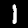
Digit: 1